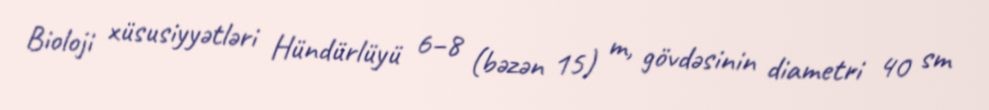
Bioloji xüsusiyyətləri Hündürlüyü 6–8 (bəzən 15) m, gövdəsinin diametri 40 sm